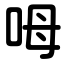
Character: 呣